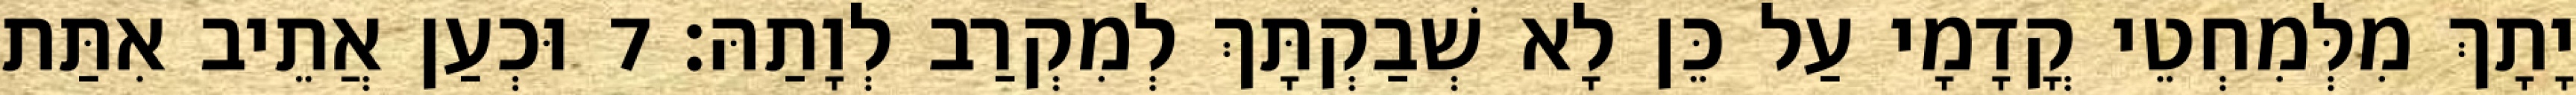
יָתָךְ מִלְּמִחְטֵי קֳדָמָי עַל כֵּן לָא שְׁבַקְתָּךְ לְמִקְרַב לְוָתַהּ׃ 7 וּכְעַן אֲתֵיב אִתַּת